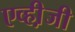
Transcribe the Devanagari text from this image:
एव्ही़जी